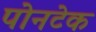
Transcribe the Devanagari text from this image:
पोनटेक